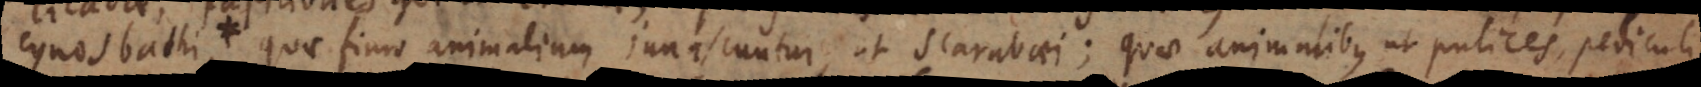
nascuntur, quae fimo animalium innascuntur, ut scarabaei; quae animalibus ut pulices, pediculi;